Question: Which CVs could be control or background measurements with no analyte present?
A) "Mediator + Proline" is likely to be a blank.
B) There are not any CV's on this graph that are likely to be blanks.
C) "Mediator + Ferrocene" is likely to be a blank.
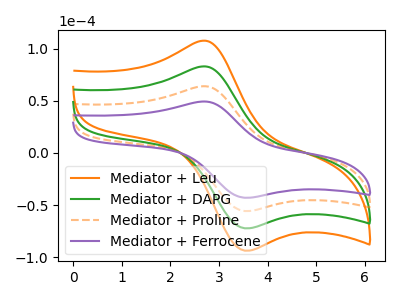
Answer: <think>The orange curve "Mediator + Leu" has an anodic peak at (2.70V, 192.20uA) and a cathodic peak at (3.60V, -167.35uA). The green curve "Mediator + DAPG" has an anodic peak at (2.70V, 128.15uA) and a cathodic peak at (3.60V, -111.60uA). The orange dashed curve "Mediator + Proline" has an anodic peak at (2.70V, 64.05uA) and a cathodic peak at (3.60V, -55.80uA). The purple curve "Mediator + Ferrocene" has an anodic peak at (2.70V, 49.40uA) and a cathodic peak at (3.60V, -43.00uA).</think>
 <answer>B) There are not any CV's on this graph that are likely to be blanks.</answer>
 <eval>B</eval>